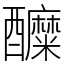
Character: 醾